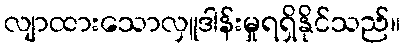
လျာထားသောလှူဒါန်းမှုရရှိနိုင်သည်။